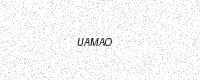
Text: UAMAO